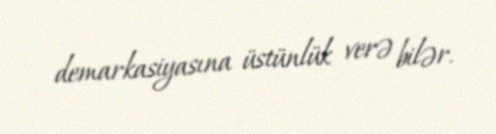
demarkasiyasına üstünlük verə bilər.